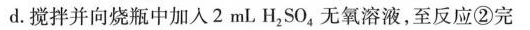
d. 搅拌并向烧瓶中加入2mLH_{2}SO_{4} 无氧溶液，至反应②完